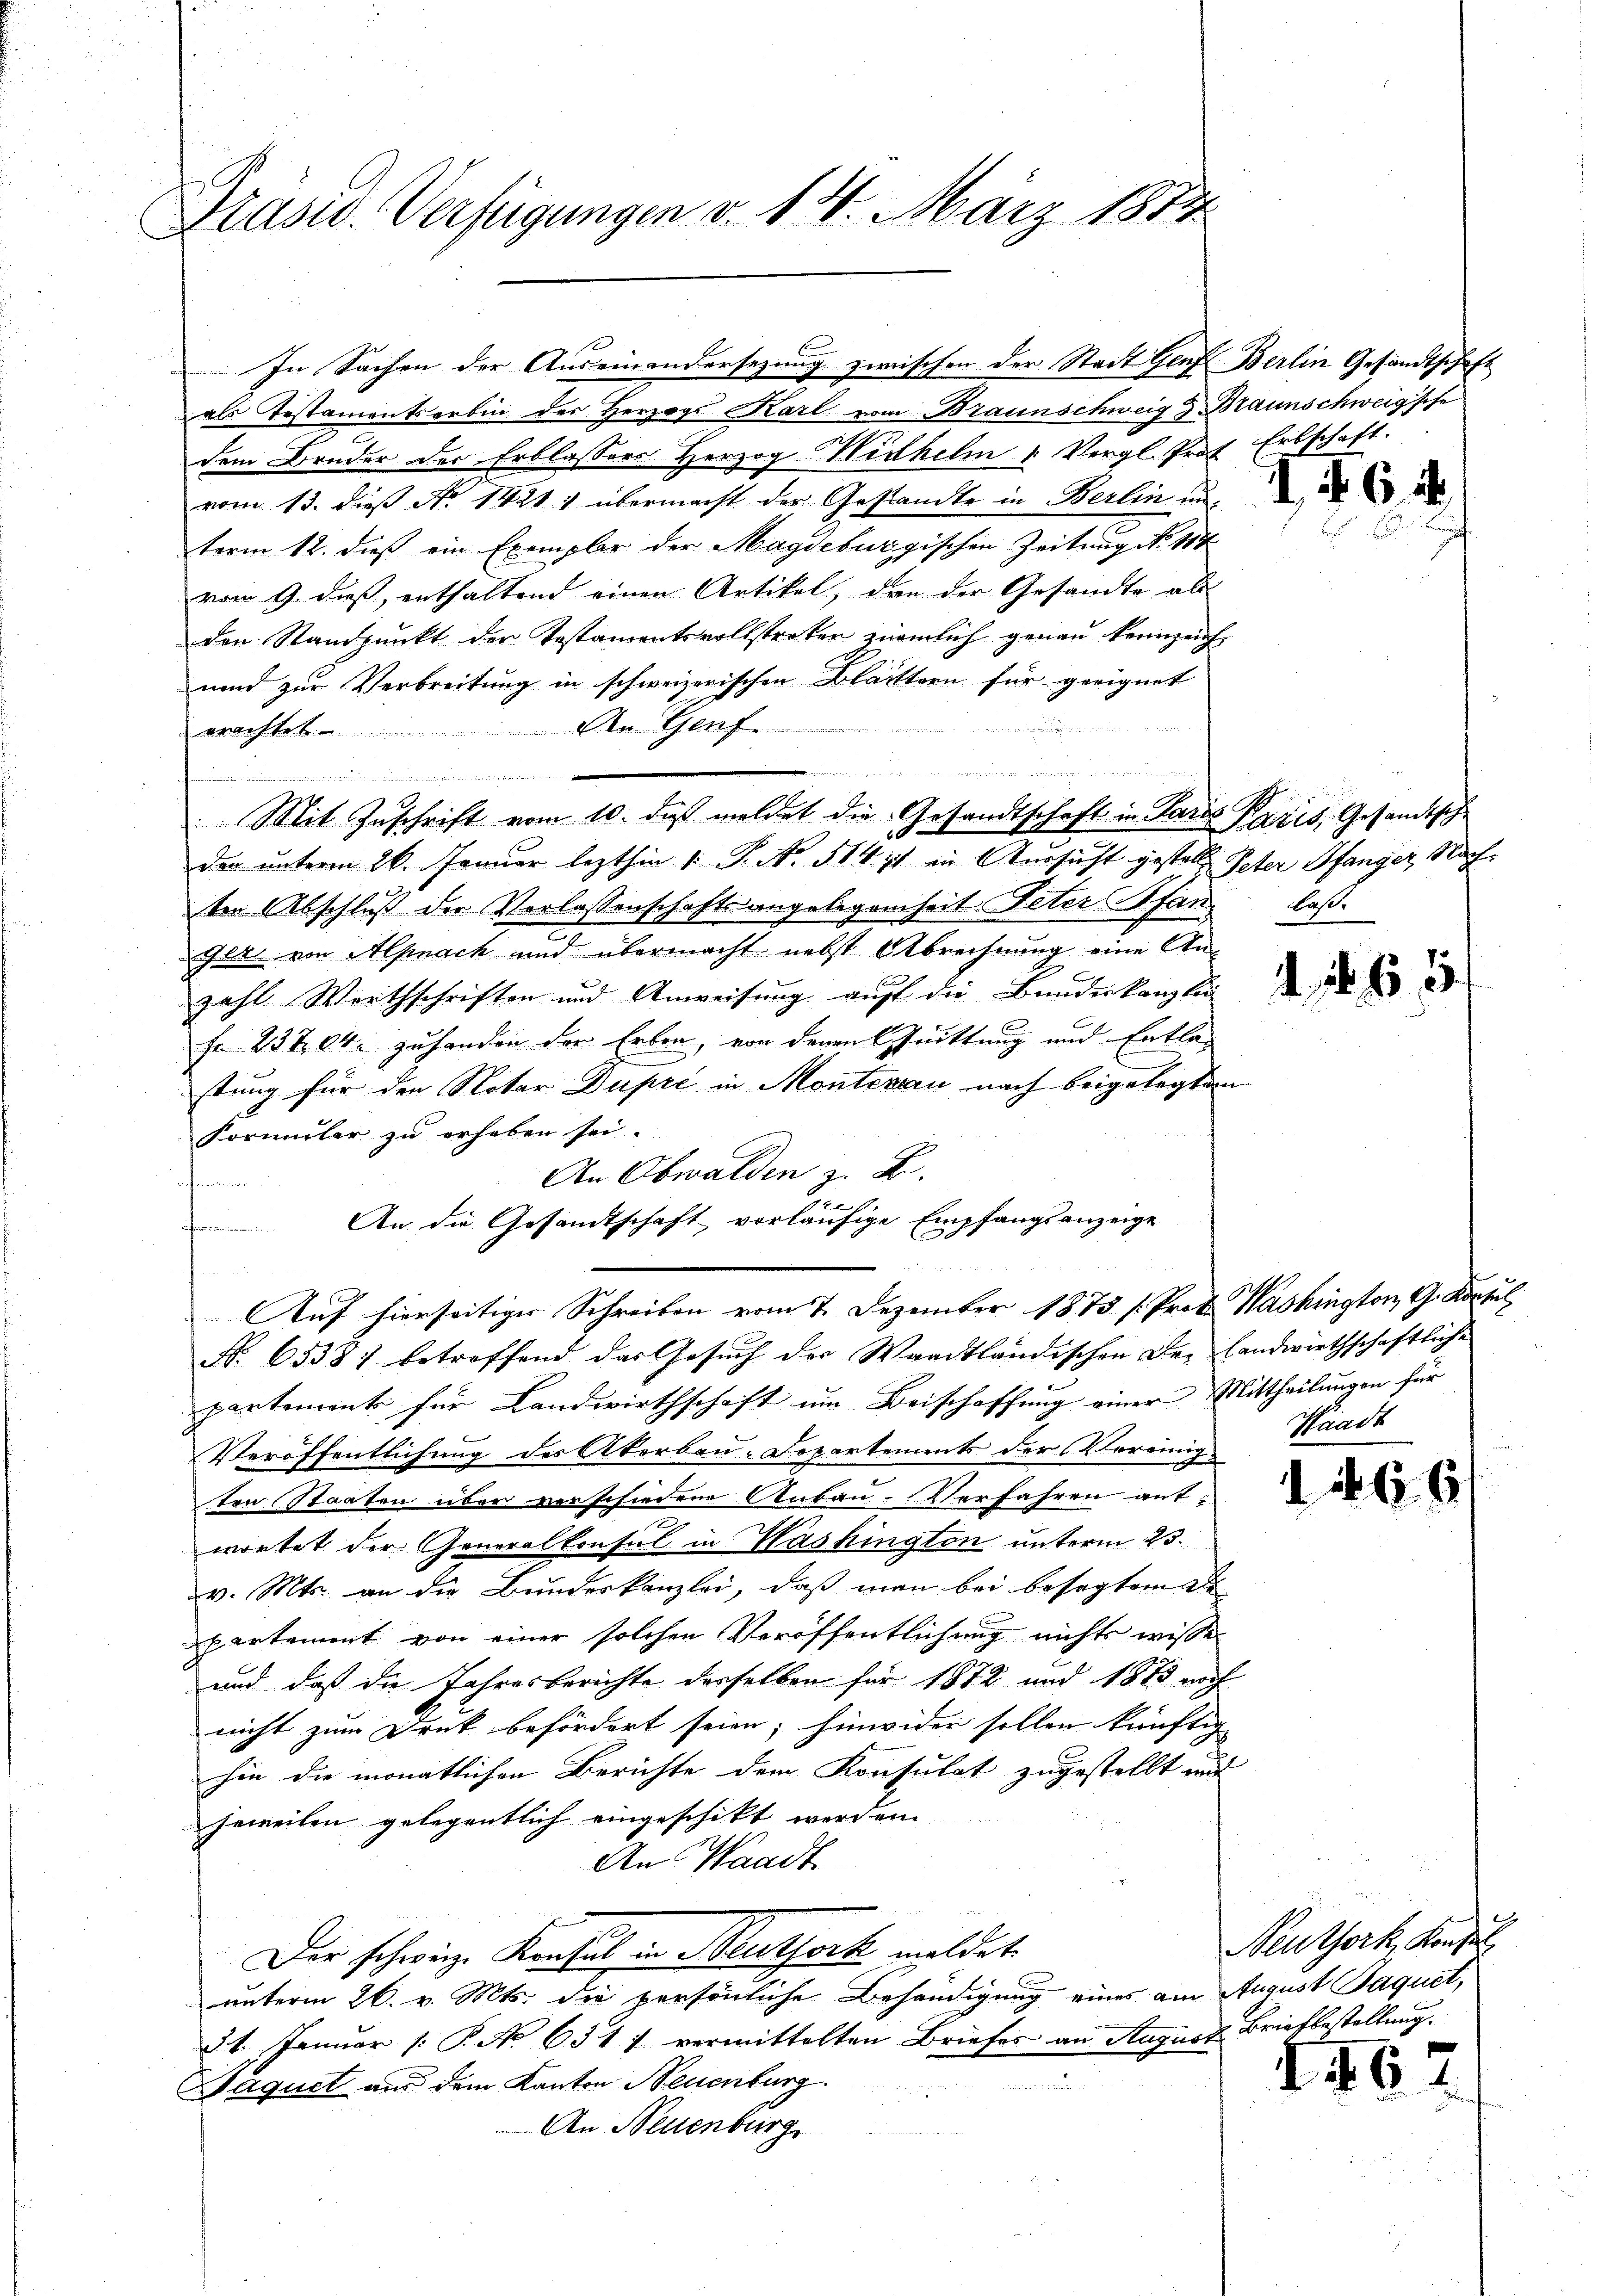
Präsid. Verfügungen v. 14. März 187

ineinarii eine nicht an Man

In Sachen der Auseinandersezung zwischen der Stadt Genf Berlin Gesandtschaft

als Testamentserbin des Herzogs Karl vom Braunschweig & Braunschweigsche
.
dem Bruder der Erblassers Herzog Wilhelm u Vergl. Prof. Erbschaft.
vom 13. dieß No 1421: übermacht der Gestandte in Berlin unterm 12. dieß ein Exemplar der Magdeburgischen Zeitung No 114
vom 9. dieß, enthaltend einen Artikel, den der Gesandte als
den Standpunkt der Testamentsvollstreten ziemlich genau kennzeich¬
und zur Verbreitung in schweizerischen Blätttern für geeignet

Den Genf.
erachtet.
ten Abschluß der Verlassenschaft angelegenheit Peter Pfand laßget von Alpnach und übermacht nebst Abrechnung eine Anzahl Werthschriften und Anweisung auff die Bundeskanzlei-
fr 23 t 04 zuhanden der Erben, von denen Quittung und Entlastung für den Notar Dupre in Montenau nach beigelegten
Formuler zu erheben sei.
C
An Obwalden z. B.
f
be
An die Gesandtschaft, vorläufige Empfangsanzeige

hen
Auf hierseitiger Schreiben vom 7. Dezember 1873 /: Prof. Washington, G. Kontul
Nr. 65381 betroffend das Gesuch der Waadtländischen der landwirthschaftliche
partements für Landwirthschaft um Beischaffung einer Mittheilungen für
Veröffentlichung des Akerbau-Departements der Vereinig
ten Staaten über verschiedene Anbau. Verfahren ant
wortet der Generalkonsul in Washington unterm 23.
v. Mts. an die Bundeskanzlei, daß man bei besagtem De
partement von einer solchen Veröffentlichung nichts wissen
und daß die Jahresberichte desselben für 1872 und 1883 noch
nicht zum Druk befördert seien; hinwider sollen künftig
hin die monatlichen Berichte dem Konsulat zugestellt mit
jeweilen gelegentlich eingeschikt werden.
An Waadt
Der schweiz. Konsul in Muthork meldet.
unterm 26. v. Mts. die persönliche Behändigung eines am August Paquet,
31. Januar (: P. No. 631 7 vermittelten Briefer an August Briefbestellung.
Jaquel aus dem Kanton Neuenburg
An Neuenburg

u es an eine angemeinden in und es wegen
Mit Zuschrift vom 10. daß meldet die Gesandtschaft in Paris Paris, Gesandtsch
der unterm 26. Januar lezthin /: P. N. 514 11 in Aussicht gestellte Peter Pfanger Nach¬

4

4. 165

d

6

Schrade

6

Neuthork, Konsul

d 26.